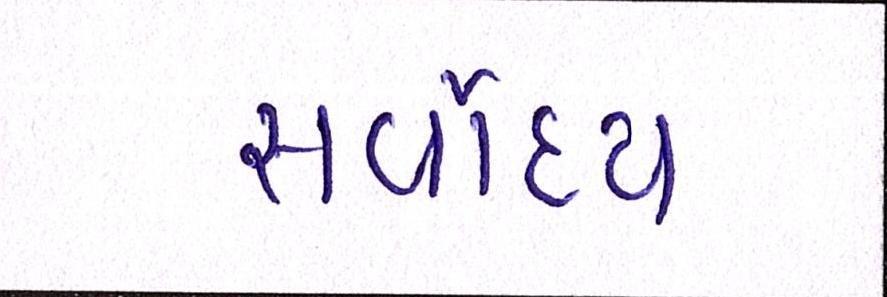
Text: સર્વોદય